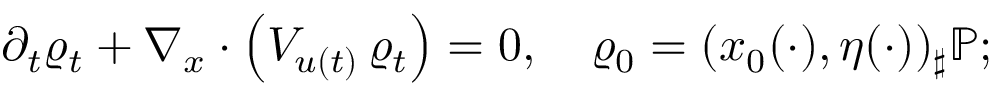
\partial _ { t } \varrho _ { t } + \nabla _ { x } \cdot \left( V _ { u ( t ) } \, \varrho _ { t } \right) = 0 , \quad \varrho _ { 0 } = ( x _ { 0 } ( \cdot ) , \eta ( \cdot ) ) _ { \sharp } \mathbb P ;